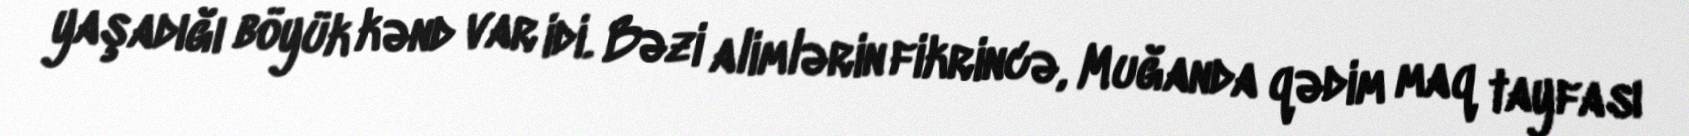
yaşadığı böyük kənd var idi. Bəzi alimlərin fikrincə, Muğanda qədim maq tayfası